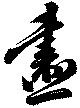
畫